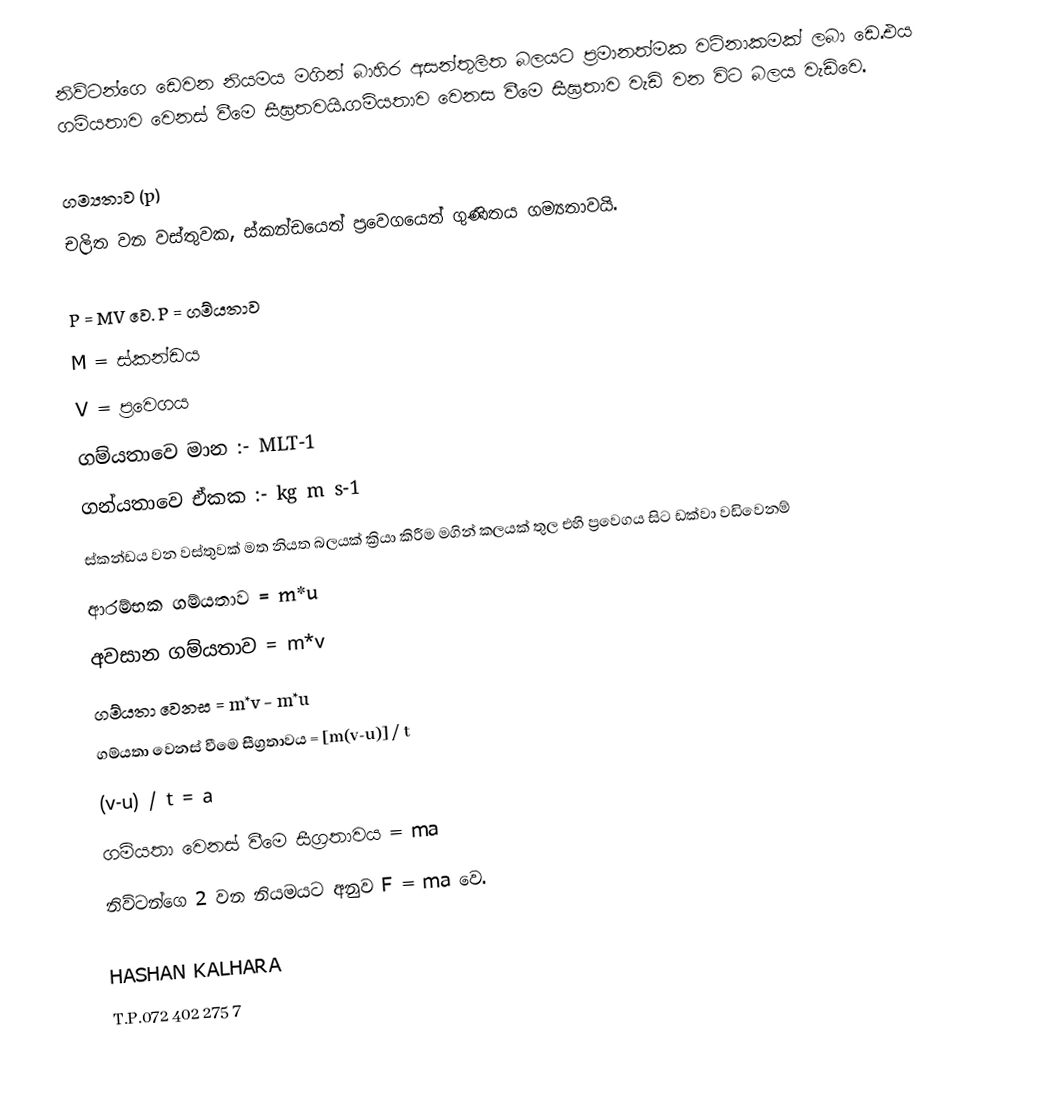
නිව්ටන්ගෙ ඩෙවන නියමය මගින් බාහිර අසන්තුලිත බලයට ප්‍රමානත්මක වටිනාකමක් ලබා ඩෙ.එය ගම්යතාව වෙනස් වීමෙ සීඝ්‍රතවයි.ගම්යතාව වෙනස වීමෙ සීඝ්‍රතාව වැඩි වන විට බලය වැඩිවෙ.

ගම්‍යතාව (p)
  චලිත වන වස්තුවක, ස්කන්ඩයෙත් ප්‍රවෙගයෙත් ගුණිතය ගම්‍යතාවයි.

                                                      P = MV වෙ.                                    P   = ගම්යතාව
                                                                                                              M  =  ස්කන්ඩය
                                                                                                               V   = ප්‍රවෙගය
  ගම්යතාවෙ මාන :- MLT-1
  ගන්යතාවෙ ඒකක :- kg m s-1
   ස්කන්ඩය වන වස්තුවක් මත නියත බලයක් ක්‍රියා කිරීම මගින් කලයක් තුල එහි ප්‍රවෙගය සිට ඩක්වා වඩිවෙනම්
                               ආරම්භක ගම්යතාව  =   m*u
                                  අවසාන ගම්යතාව  =   m*v
                                      ගම්යතා වෙනස  =   m*v - m*u
             ගම්යතා වෙනස් වීමෙ සීග්‍රතාවය  =  [m(v-u)] / t
                                                  (v-u) / t   =  a
             ගම්යතා වෙනස් වීමෙ සීග්‍රතාවය  =  ma
         නිව්ටන්ගෙ 2 වන නියමයට අනුව F = ma          වෙ.

                                                                                                                                                                                            HASHAN KALHARA
                                                                                                                                                                                            T.P.072 402 275 7